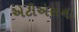
એટીએસના